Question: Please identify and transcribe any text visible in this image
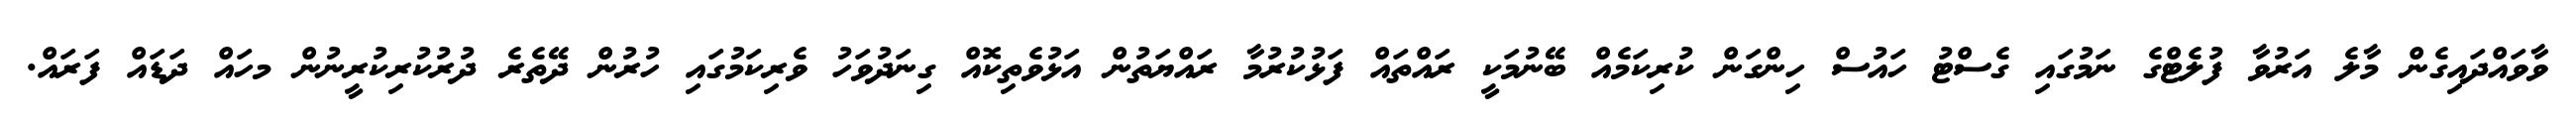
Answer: ވާވައްދައިގެން މާލެ އަރުވާ ފުލެޓްގެ ނަމުގައި ގެސްޓު ހައުސް ހިންގަން ކުރިކަމެއް ބޭނުމަކީ ރައްތައް ފަޅުކުރުމާ ރައްޔަތުން އަޅުވެތިކޮއް ގިނަދުވަހު ވެރިކަމުގައި ހުރުން ދޭތެރެ ދުރުކުރިކުރީނުން މހައް ދަޑައް ފަރައް.